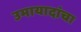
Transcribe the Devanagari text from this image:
उमायादांचा